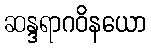
ဆန္ဒရာဂဝိနယော